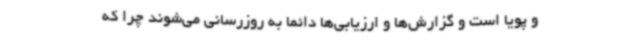
و پویا است و گزارش‌ها و ارزیابی‌ها دائما به روزرسانی می‌شوند چرا که